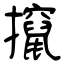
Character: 攛